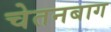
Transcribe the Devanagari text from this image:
चेतनबाग